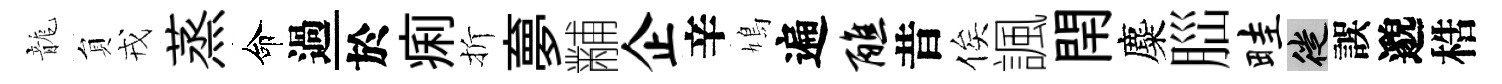
龍貟戎蒸命過於痢折夣黼企辛鳩遍醮昔俟諷閈麋𦛁畦徙誤邈梏